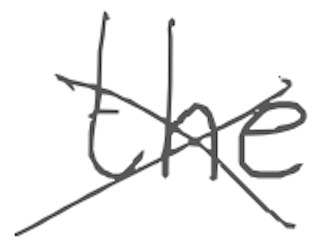
Text: the
Cross-out: mix
Writing tool: digital_gray